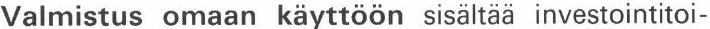
Valmistus omaan käyttöön sisältää investointitoi-